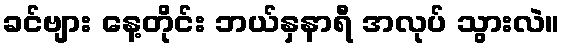
ခင်ဗျား နေ့တိုင်း ဘယ်နှနာရီ အလုပ် သွားလဲ။